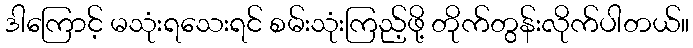
ဒါကြောင့် မသုံးရသေးရင် စမ်းသုံးကြည့်ဖို့ တိုက်တွန်းလိုက်ပါတယ်။